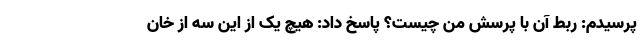
پرسیدم: ربط آن با پرسش من چیست؟ پاسخ داد: هیچ یک از این سه از خان